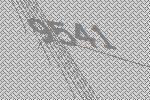
9541